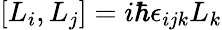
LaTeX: \left[L_{i},L_{j}\right]=i\hbar\epsilon_{ijk}L_{k}